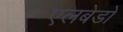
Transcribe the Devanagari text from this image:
एलबेडो